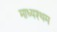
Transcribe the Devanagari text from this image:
माध्यश्थम